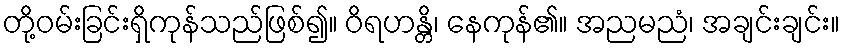
တို့ဝမ်းခြင်းရှိကုန်သည်ဖြစ်၍။ ဝိရဟန္တိ၊ နေကုန်၏။ အညမညံ၊ အချင်းချင်း။